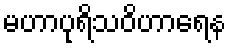
မဟာပုရိသဝိဟာရေန